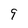
Character: 9